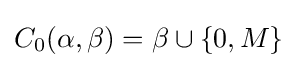
C_{0}(\alpha ,\beta )=\beta \cup \{0,M\}